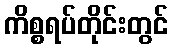
ကိစ္စရပ်တိုင်းတွင်